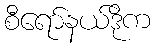
စီရော်နယ်ဒိုက